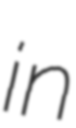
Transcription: in